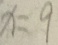
x = 9